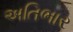
અતિભાર